Annual report of the Punjab Veterinary College and of the Civil Veterinary Department, Punjab - 1909-1919
Year: 1909
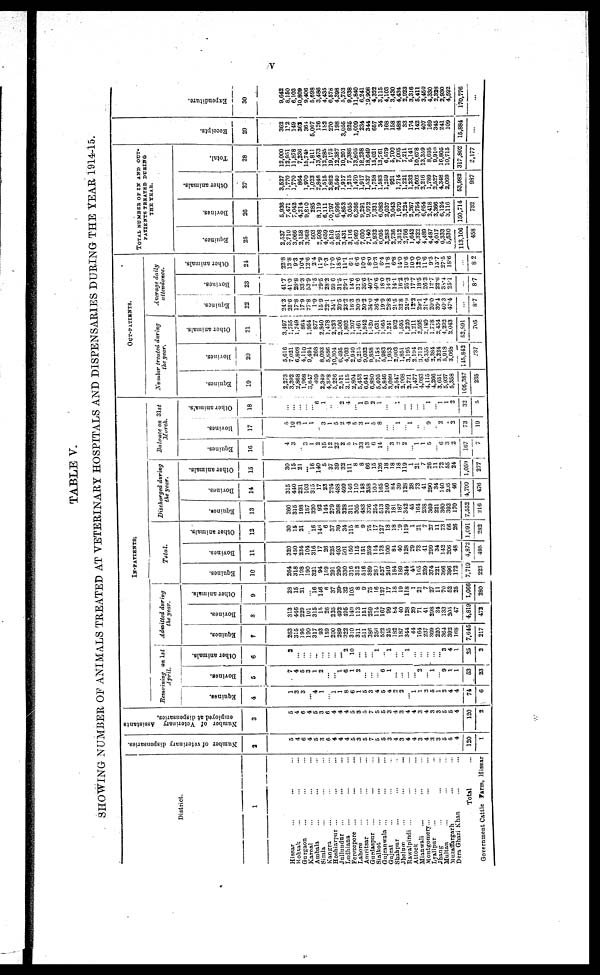
v
TABLE V.
SHOWING NUMBER OF ANIMALS TREATED AT VETERINARY HOSPITALS AND DISPENSARIES DURING THE YEAR 191445.
District.
1
Hissar ... ... ...
Kohtak ... ... ...
Gurgaon ... ... ...
Karoal ... ... ...
Ambala ... ... ...
Simla ... ... ...
Kangra ... ... ...
Hoshiarpur ... ... ...
Jullundur ... ... ...
Ludhiana ... ... ...
Ferozepore ... ... ...
Lahore ... ... ...
Amritsar ... ... ...
Gurdaspur ... ... ...
Sialkot ... ... ...
Gujranwala ... ... ...
Gujrat ... ... ...
Shahpar ... ... ...
Jhelum ... ... ...
Rawalpindi ... ... ...
Attock ... ... ...
Mianwali ... ... ...
Montgomery ... ... ...
Lyallpur ... ... ...
Jhang ... ... ...
Multan ... ... ...
Muzaffargarh ... ... ...
Dera Ghazt Khan ... ... ...
Total ...
Government Cattle farm, Hissar
Number of veterinary dispensaries.
2
5
4
6
4
5
3
6
4
4
4
5
3
5
7
5
5
3
4
3
4
4
3
4
3
3
5
5
4
130
1
Number of Veterinary Assistants
employed at dispensaries.
3
5
4
6
4
5
3
6
4
4
4
5 3
5
7
5
6
3
4
3
4
4
3
4
3
3
5
5
4
120
2
IN-PATIENTS.
Remaining on 1st
April.
Equines.
4
1
3
3
... 4
1
... 1
1
8
6
1
5
3
4
5
4
2
2
... 1
1
3
5
1
2
4
4
74
6
Bovines.
5
7
4
5
3
1
2
...
... 1
6
1
2
...
...
... 8
1
...
...
...
... 2
... 1
... 9
1
1
63
23
Other animals.
6
2
...
...
...
...
...
...
...
... 2
10
...
...
... 1
... 1
...
... 1
...
...
...
...
... 3
4
1
25
2
Admitted
during
the year.
Equines.
7
263
315
195
190
317
93
159
200
289
322
310
311
511
386
256
522
213
182
187
344
44
164
237
369
220
364
392
168
7,646
217
Bovines.
8
313
446
229
101
315
15
26
225
492
496
140
113
151
259
114
187
99
84
40
128
29
71
41
298
34
133
205
47
4,819
472
Other animals.
9
23
15
21
... 16
146
6
37
39
32
105
8
9
75
16
127
17
18
19
118
1
21
7
27
11
70
52
25
1,066
280
Total.
Equines.
10
264
318
198
190
321
94
159
291
290
330
316
312
516
389
260
627
219
184
189
344
45
165
239
374
221
366
396
172
7,719
223
Bovines.
11
320
450
234
104
316
17
26
225
493
501
150
115
151
259
114
178
100
81
40
128
29
73
41
299
34
142
206
48
...
495
Other animals.
12
30
15
21
... 16
146
6
37
39
34
116
8
9
75
17
127
18
18
19
119
1
21
7
27
11
73
56
26
1,091
283
Discharged
during
the year.
Equines.
13
260
315
198
1S7
320
92
144
279
268
328
311
305
483
376
254
513
249
181
187
342
45
164
238
369
221
360
393
170
7,552
216
Bovines.
14
315
440
231
103
315
17
23
224
488
499
146
110
148
358
100
165
100
84
39
128
28
73
41
290
34
140
245
46
4,799
476
Other animals.
15
30
15
21
... 16
140
5
37
39
32
111
8
8
66
15
126
18
18
18
119
1
21
7
26
11
72
55
24
1,059
277
Balance on 31st
March.
Equines.
16
4
3
... 3
1
2
15
12
32
2
5
7
33
13
6
14
... 3
...
2
... 1
1
5
... 6
3
2
167
7
Bovines.
17
...
10
3
1
1
... 3
1
5
2
4
5
3
1
... 8
...
... 1
... 1
...
... 9
... 2
...
2
73
19
Other animals.
18
...
...
...
...
... 6
1
... ...
2
4
... 1
9!
2 1
...
... 1
..
...
...
... 1
... 1
1
2
32
5
OUT-PATIENTS.
Number treated during
the year.
Equines.
19
2,273
3,392
2,868
1,068
3,047
109
2,349
4,368
5,226
2,521
3,115
2,804
5,453
6,641
6,880
5,405
5,846
3,099
2,547
2,968
2,72l
1,477
4,083
4,115
4,266
3,651
5,937
5,358
105,387
235
Bovines.
20
5,616
7,021
6,808
4,110
9,494
268
8,093
5,886
10,304
6,495
4,703
2,940
6,215
9,032
9,858
7,158
5,983
1,953
2,003
1,851
3,195
2,194
3,713
6,355
2,384
3,224
5,018
3,068
145,843
237
Other animals.
21
3,497
1,755
1,749
864
1,964
877
2,840
1,478
2,823
2,506
1,803
1,207
1,461
1,842
1,520
1,631
1,365
1,241
902
1,595
1,220
1,211
2,595
2,189
1,7J8
2,454
4,292
2,043
52,891
705
Average
daily
attendance.
Equines.
22
24.3
25.6
17.8
17.9
27.8
1.9
15.9
22.1
341
20.5
33.2
163
303
30.2
34.0
36.4
19.9
28.8
21.5
328
24.9
12.2
29.1
21.4
20.0
30.4
40.3
47.4
...
8.7
Bovines.
23
41.7
41.0
28.8
33.3
53.9
1.5
29.8
28.2
59.8
31.5
29.1
14.6
31.6
35.6
40.7
41.6
18.0
14.3
14.1
16.2
25.3
17.7
18.5
26.3
12.7
23.6
38.4
25.1
...
8.7
Other animals.
24
22.8
13.8
93
10.4
12.6
24
11.9
7.3
17.0
18.6
11.1
6.1
6.6
10.6
8.0
10.3
6.4
11.8
6.8
14.0
10.6
10.0
12.0
11.6
9.3
13.7
27.5
18.6
...
8.2
TOTAL, NUMBER OF IN AND OUT-
PATIENTS TREATED
DURING
THE YEAR.
Equines.
25
2,537
3,710
3,066
2,158
3,968
503
2,508
4,659
5,516
2,851
3,431
3,116
5,969
7,030
7,140
5,932
6,096
3,283
2,736
3,312
2,766
1,642
4,322
4,489
4,487
4,017
6,333
5,530
113,106
458
Bovines.
26
5,836
7,471
7,042
4,214
9,610
285
8,119
6,111
0,797
6,996
4,853
3,056
6,366
9,291
9,972
7,331
6,083
2,037
2,043
1,079
3,224
2,267
3,764
6,654
2.418
3,366
6,124
3,116
150,714
732
Other animals.
27
3,627
1,770
1,770
864
1,970
1,023
2,846
1,515
2,862
2,540
1,917
1,215
1,470
1,917
1,537
1,758
1,683
1,259
921
1,714
1,221
1,233
2,603
2,216
1,789
2,527
4,348
2,069
53,982
987
Total.
28
12,000
12,951
11,878
7,236
16,748
1,811
13,473
13,285
19,175
12,387
10,201
7,386
13,805
18,238
18,649
15,021
13,761
6,579
5,700
7,005
7,211
5,141
10,678
13,359
8,695
9,910
16,805
10,715
317,802
2,177
Receipts.
29
363
112
149
362
364
5,067
126
182
270
198
3,056
926
1,009
234
344
667
34
168
158
488
33
174
148
407
169
345
241
109
15,884
...
Expenditure.
30
9,642
8,150
6,103
10,809
9,406
5,698
3,486
4,435
6,578
4,398
5,753
9,638
11,840
6,241
19,908
4,322
3,115
4,103
3,430
4,434
2,923
3,316
6,411
3,460
4,330
2,323
3,930
4,592
170,776
...